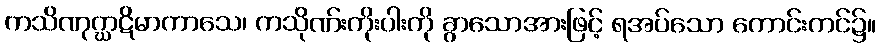
ကသိဏုဂ္ဃာဋိမာကာသေ၊ ကသိုဏ်းကိုးပါးကို ခွာသောအားဖြင့် ရအပ်သော ကောင်းကင်၌။